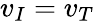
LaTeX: v_{I}=v_{T}